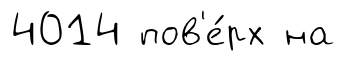
4014 пов'е́рх на